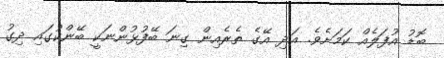
ބޮޑު އުފަލެއް ކަމަށެވެ. އަދި އޭގެ ތެރެއިން ގިނަ ބޭފުޅުންނަކީ ބޭންކުގައި ދިގު